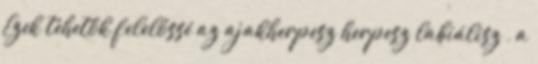
Ezek tehetők felelőssé az ajakherpesz herpesz labiálisz , a